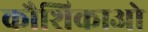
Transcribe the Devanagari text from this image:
कौशिकाओ